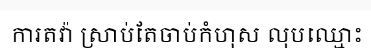
ការតវ៉ា ស្រាប់តែចាប់កំហុស លុបឈ្មោះ